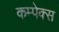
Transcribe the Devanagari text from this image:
कम्पेक्स